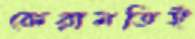
কেরামতিই